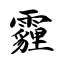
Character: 霾